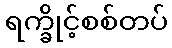
ရက္ခိုင့်စစ်တပ်